Tartu_linnavalitsus, lk 14
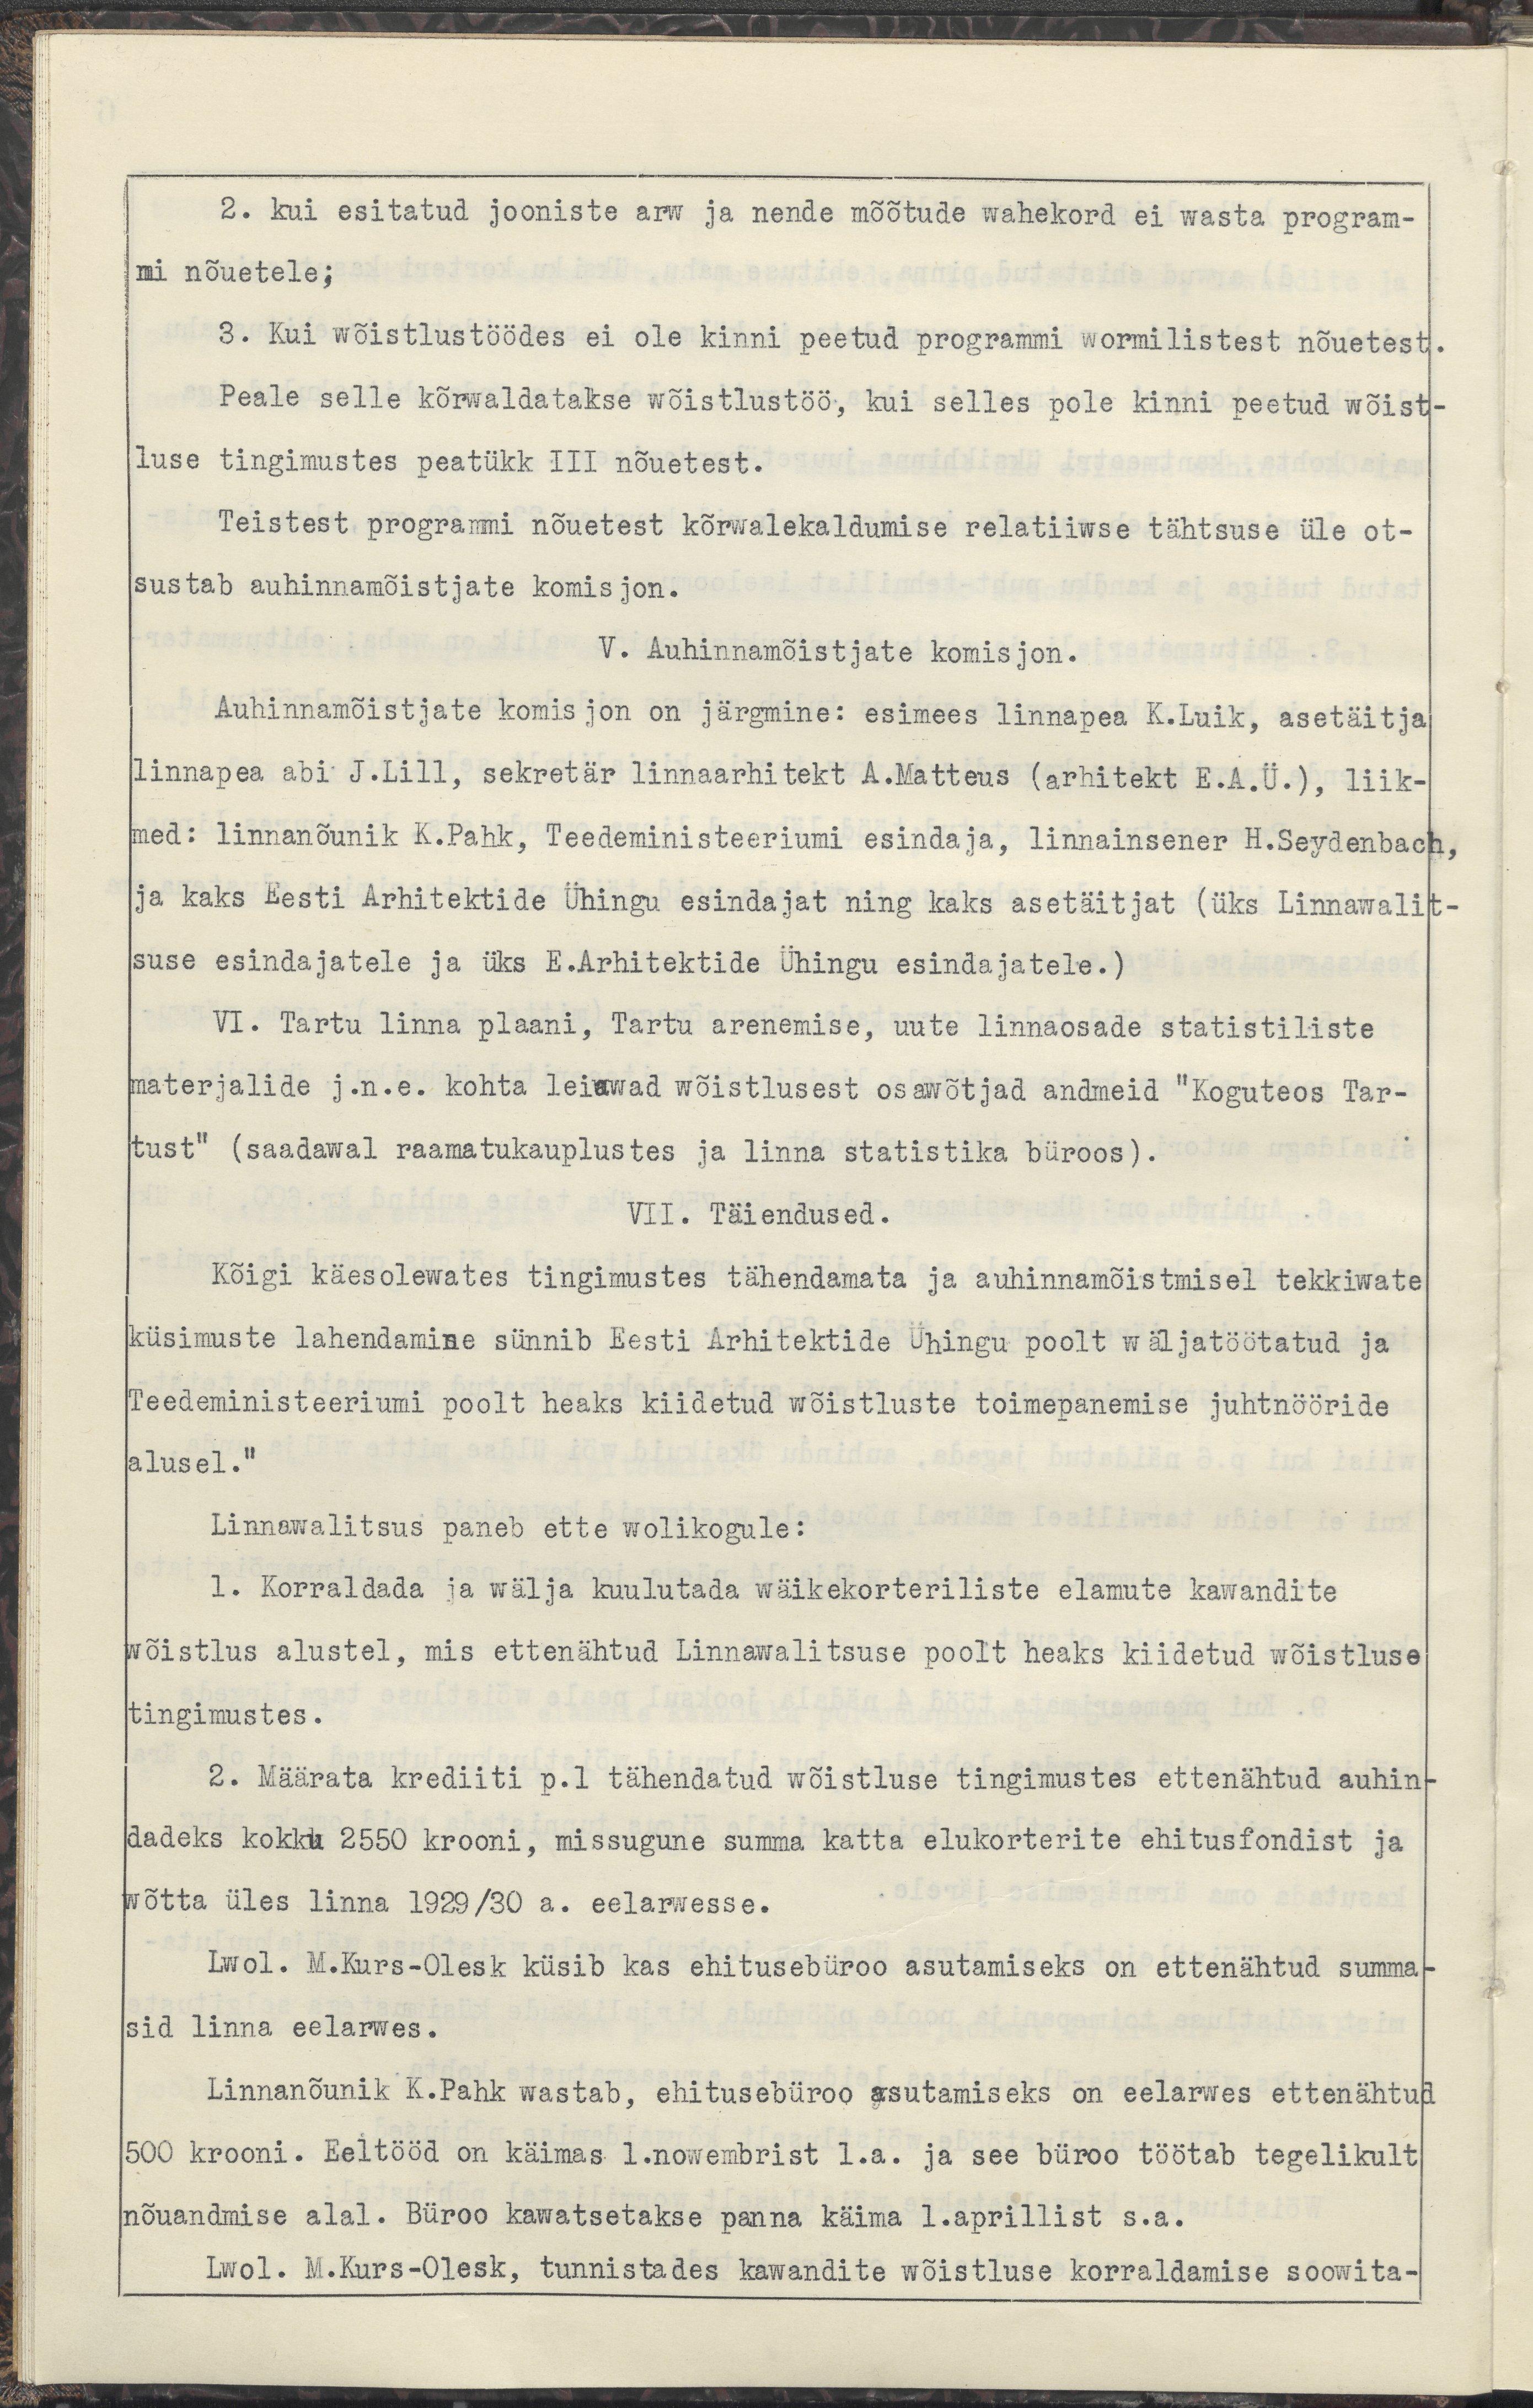
2. Kui esitatud jooniste arw ja nende mõõtude wahekord ei wasta program-
mi nõuetele;
3. Kui wõistlustöödes ei ole kinni peetud programmi wormilistest nõuetest.
Peale selle kõrwaldatakse wõistlustöö, kui selles pole kinni peetud wõist-
luse tingimustes peatükk III nõuetest.
Teistest programmi nõuetest kõrwalekaldumise relatiiwse tähtsuse üle ot-
sustab auhinnamõistjate komisjon.
V. Auhinnamõistjate komisjon.
Auhinnamõistjate komisjon on järgmine: esimees linnapea K.Luik, asetäitja
linnapea abi J.Lill, sekretär linnaarhitekt A.Matteus (arhitekt E.A.Ü.), liik-
med: Linnanõunik K.Pahk, Teedeministeeriumi esindaja, linnainsener E.Seydenbach,
ja kaks Eesti Arhitektide Ühingu esindajat ning kaks asetäitjat (üks Linnawalit-
suse esindajatele ja üks E.Arhitektide Ühingu esindajatele.)
VI. Tartu linna plaani, Tartu arenemise, uute linnaosade statistiliste
materjalide j.n.e. kohta leiawad wõistlusest osawõtjad andmeid "Koguteos Tar-
tust" (Saadawal raamatukauplustes ja linna statistika büroos).
VII. Täiendused.
Kõigi käesolewates tingimustes tähendamata ja auhhinnamõistmisel tekkiwate 
küsimuste lahendamine sünnib Eesti Arhitektide Ühingu poolt wäljatöötatud ja
Teedeministeeriumi poolt heaks kiidetud wõistluste toimepanemise juhtnööride
alusel."
Linnawalitsus paneb ette wolikogule:
1. Korraldada ja wälja kuulutada wäikekorteriliste elamutte kawandite
wõistlus alustel, mis ettenähtud Linnawalitsuse poolt heaks kiidetud wõistluse
tingimustes.
2. Määrata krediiti p.l. tähendatud wõistluse tingimustes ettenähtud auhin-
dadeks kokku 2550 krooni, missugune summa katta elukorterite ehitusfondist ja
wõtta üles llinna 1929/30 a. eelarwesse.
Lwol. M.Kurs-Olesk küsib kas ehitusebüroo asutamiseks on ettenähtud summa-
sid linna eelarwes.
Linnanõunik K.Pahk wastab, ehitusbüroo asutamiseks on eelarwes ettenähtud
500 krooni. Eeltööd on käimas 1.novembrist 1.a. ja see büroo töötab tegelikult
nõuandmise alal. Büroo kawatsetakse panna käima 1.aprillist s.a.
Lwol. M.Kurs-Olesk, tunnistades kawandite wõistluse korraldamise soowita-